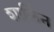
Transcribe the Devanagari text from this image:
शार्लिन